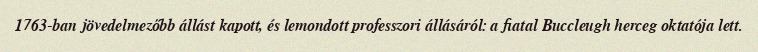
1763-ban jövedelmezőbb állást kapott, és lemondott professzori állásáról: a fiatal Buccleugh herceg oktatója lett.